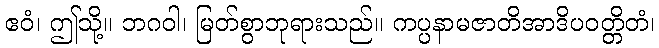
ဧဝံ၊ ဤသို့။ ဘဂဝါ၊ မြတ်စွာဘုရားသည်။ ကပ္ပနာမဇာတိအာဒိပဝတ္တိတံ၊